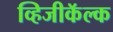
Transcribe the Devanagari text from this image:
व्हिजीकॅल्क